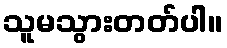
သူမသွားတတ်ပါ။